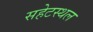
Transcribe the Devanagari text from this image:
सहेटस्थल